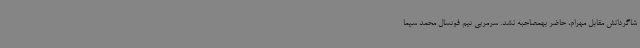
شاگردانش مقابل مهرام، حاضر بهمصاحبه نشد. سرمربی تیم فوتسال محمد سیما